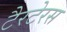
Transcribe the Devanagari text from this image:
टैरटेरस